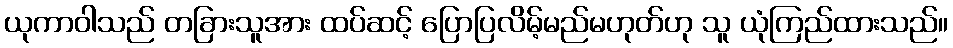
ယုကာဝါသည် တခြားသူအား ထပ်ဆင့် ပြောပြလိမ့်မည်မဟုတ်ဟု သူ ယုံကြည်ထားသည်။